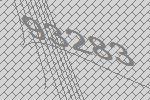
93283